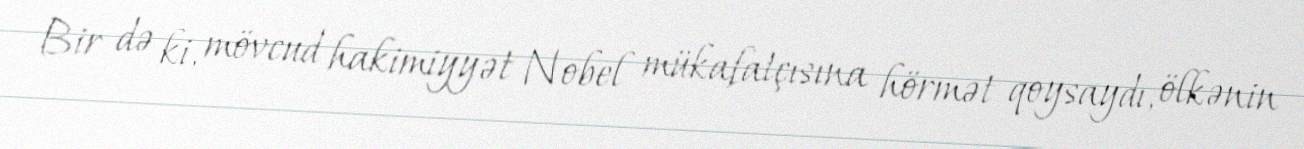
Bir də ki, mövcud hakimiyyət Nobel mükafatçısına hörmət qoysaydı, ölkənin